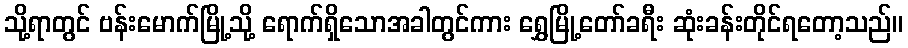
သို့ရာတွင် ဗန်းမောက်မြို့သို့ ရောက်ရှိသောအခါတွင်ကား ရွှေမြို့တော်ခရီး ဆုံးခန်းတိုင်ရတော့သည်။